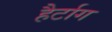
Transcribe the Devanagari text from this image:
हैर्टाग